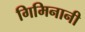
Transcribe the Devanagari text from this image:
गिमिनानी